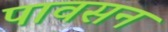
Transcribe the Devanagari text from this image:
पावसन